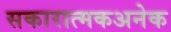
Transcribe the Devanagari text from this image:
सकारात्मकअनेक